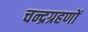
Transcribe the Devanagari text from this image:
चन्द्रग्रहणों